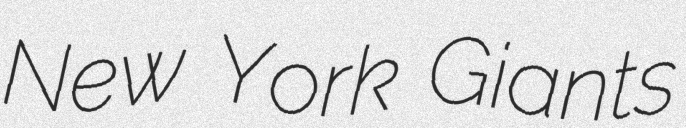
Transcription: New York Giants